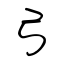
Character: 弓